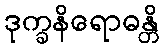
ဒုက္ခနိရောဓန္တိ